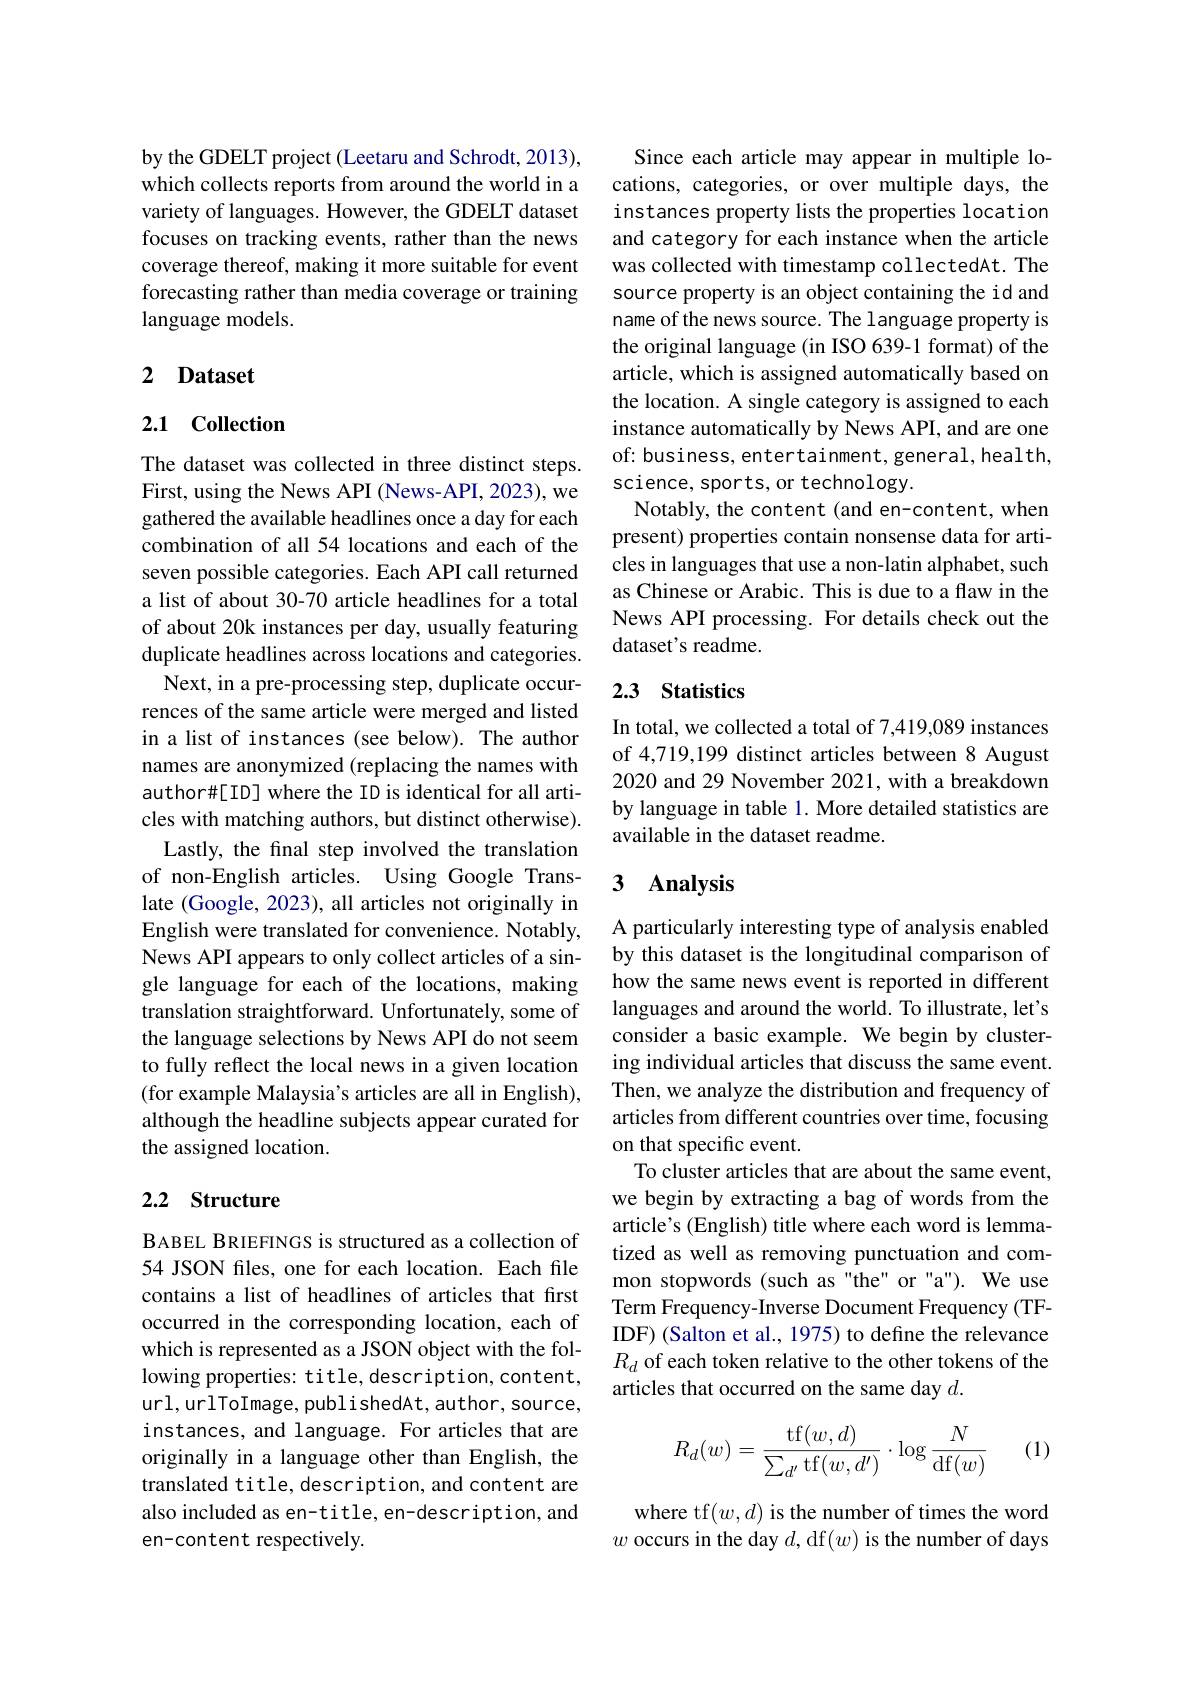
by the GDELT project (Leetaru and Schrodt, 2013), which collects reports from around the world in a variety of languages. However, the GDELT dataset focuses on tracking events, rather than the news coverage thereof, making it more suitable for event forecasting rather than media coverage or training language models.

## 2 Dataset

## 2.1 Collection

The dataset was collected in three distinct steps. First, using the News API (News-API, 2023), we gathered the available headlines once a day for each combination of all 54 locations and each of the seven possible categories. Each API call returned a list of about 30-70 article headlines for a total of about 20k instances per day, usually featuring duplicate headlines across locations and categories.
Next, in a pre-processing step, duplicate occurrences of the same article were merged and listed in a list of instances (see below). The author names are anonymized (replacing the names with author#[ID] where the ID is identical for all articles with matching authors, but distinct otherwise). Lastly, the final step involved the translation of non-English articles. Using Google Translate (Google, 2023), all articles not originally in English were translated for convenience. Notably, News API appears to only collect articles of a single language for each of the locations, making translation straightforward. Unfortunately, some of the language selections by News API do not seem to fully reflect the local news in a given location (for example Malaysia's articles are all in English), although the headline subjects appear curated for the assigned location.

## 2.2 Structure

BABEL BRIEFINGS is structured as a collection of 54 JSON fles, one for each location. Each file contains a list of headlines of articles that first occurred in the corresponding location, each of which is represented as a JSON object with the following properties: title, description, content, url, urlToImage, publishedAt, author, source, instances, and language. For articles that are originally in a language other than English, the translated title, description, and content are also included as en-title, en-description, and en-content respectively.

Since each article may appear in multiple locations, categories, or over multiple days, the instances property lists the properties location and category for each instance when the article was collected with timestamp collectedAt. The source property is an object containing the id and name of the news source. The language property is the original language (in ISO 639-1 format) of the article, which is assigned automatically based on the location. A single category is assigned to each instance automatically by News API, and are one of: business, entertainment, general, health, science, sports, or technology.
Notably, the content (and en-content, when present) properties contain nonsense data for articles in languages that use a non-latin alphabet, such as Chinese or Arabic. This is due to a flaw in the News API processing. For details check out the dataset's readme.

## 2.3 Statistics

In total, we collected a total of 7,419,089 instances of 4,719,199 distinct articles between 8 August 2020 and 29 November 2021, with a breakdown by language in table 1. More detailed statistics are available in the dataset readme.

# 3 Analysis

A particularly interesting type of analysis enabled by this dataset is the longitudinal comparison of how the same news event is reported in different languages and around the world. To illustrate, let's consider a basic example. We begin by clustering individual articles that discuss the same event. Then, we analyze the distribution and frequency of articles from different countries over time, focusing on that specific event.
To cluster articles that are about the same event, we begin by extracting a bag of words from the article's (English) title where each word is lemmatized as well as removing punctuation and common stopwords (such as "the" or "a"). We use Term Frequency-Inverse Document Frequency (TFIDF) (Salton et al., 1975) to define the relevance $R_d$ of each token relative to the other tokens of the articles that occurred on the same day $d.$
$$R_d(w)=\frac{\operatorname{tf}(w,d)}{\sum_{d'}\operatorname{tf}(w,d')}\cdot\log\frac{N}{\operatorname{df}(w)}$$
(1)

where tf$(w,d)$ is the number of times the word $w$ occurs in the day $d$,df$(w)$ is the number of days